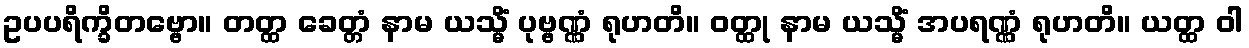
ဥပပရိက္ခိတဗ္ဗော။ တတ္ထ ခေတ္တံ နာမ ယသ္မိံ ပုဗ္ဗဏ္ဏံ ရုဟတိ။ ဝတ္ထု နာမ ယသ္မိံ အပရဏ္ဏံ ရုဟတိ။ ယတ္ထ ဝါ